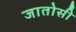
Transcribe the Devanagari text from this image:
जातोसी